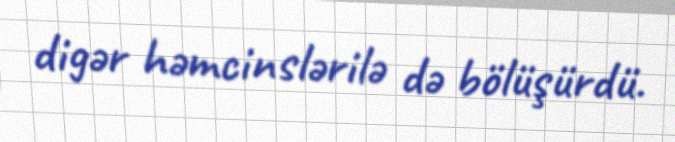
digər həmcinslərilə də bölüşürdü.